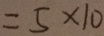
= 5 \times 1 0